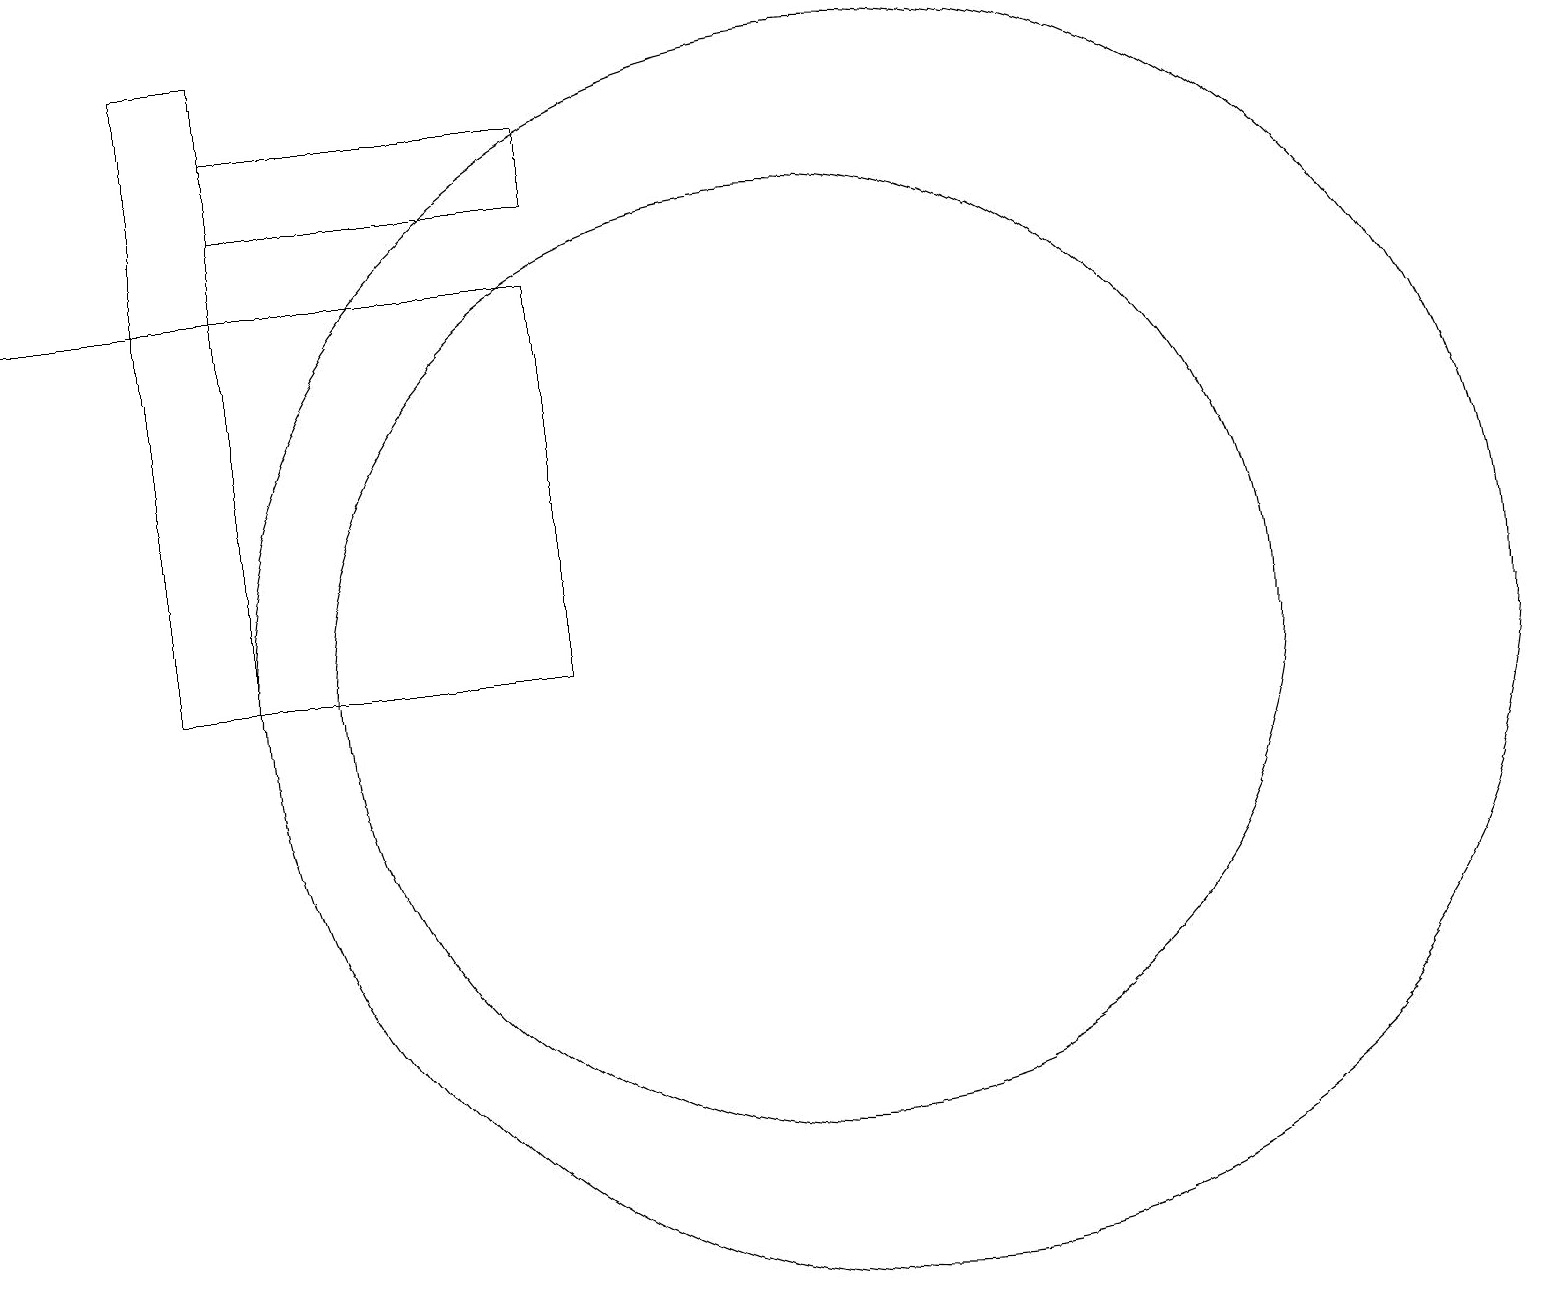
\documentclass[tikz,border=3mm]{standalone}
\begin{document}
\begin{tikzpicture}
\draw (12,10) circle (8);
\draw (4,18) rectangle (3,10);
\draw (3,15) rectangle (8,10);
\draw (1,15) rectangle (6,15);
\draw (8,16) rectangle (4,17);
\draw (11,10) circle (6);
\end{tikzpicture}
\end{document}